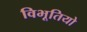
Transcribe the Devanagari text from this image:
विभूतियो